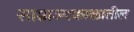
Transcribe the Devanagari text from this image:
साम्राज्यकाळातील